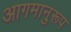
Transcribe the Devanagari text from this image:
आगमानुरूप